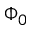
\Phi _ { 0 }